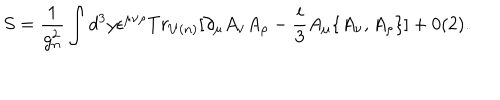
LaTeX: S = \frac { 1 } { g _ { n } ^ { 2 } } \int d ^ { 3 } y \epsilon ^ { \mu \nu \rho } T r _ { U ( n ) } \lbrack \partial _ { \mu } A _ { \nu } A _ { \rho } - \frac { i } { 3 } A _ { \mu } \{ A _ { \nu } , A _ { \rho } \} \rbrack + 0 ( 2 ) .